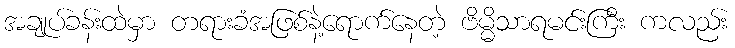
အချုပ်ခန်းထဲမှာ တရားခံအဖြစ်နဲ့ရောက်နေတဲ့ ဗိမ္မိသာရမင်းကြီး ကလည်း